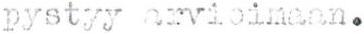
pystyy arvioimaan.